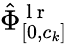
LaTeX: \hat{\Phi}_{[0,c_{k}]}^{\mathrm{~l~r~}}